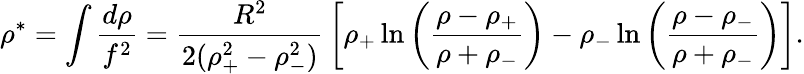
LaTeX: \rho^{*}=\int{\frac{d\rho}{f^{2}}}={\frac{R^{2}}{2(\rho_{+}^{2}-\rho_{-}^{2})}}\left[\rho_{+}\ln\left({\frac{\rho-\rho_{+}}{\rho+\rho_{-}}}\right)-\rho_{-}\ln\left({\frac{\rho-\rho_{-}}{\rho+\rho_{-}}}\right)\right].